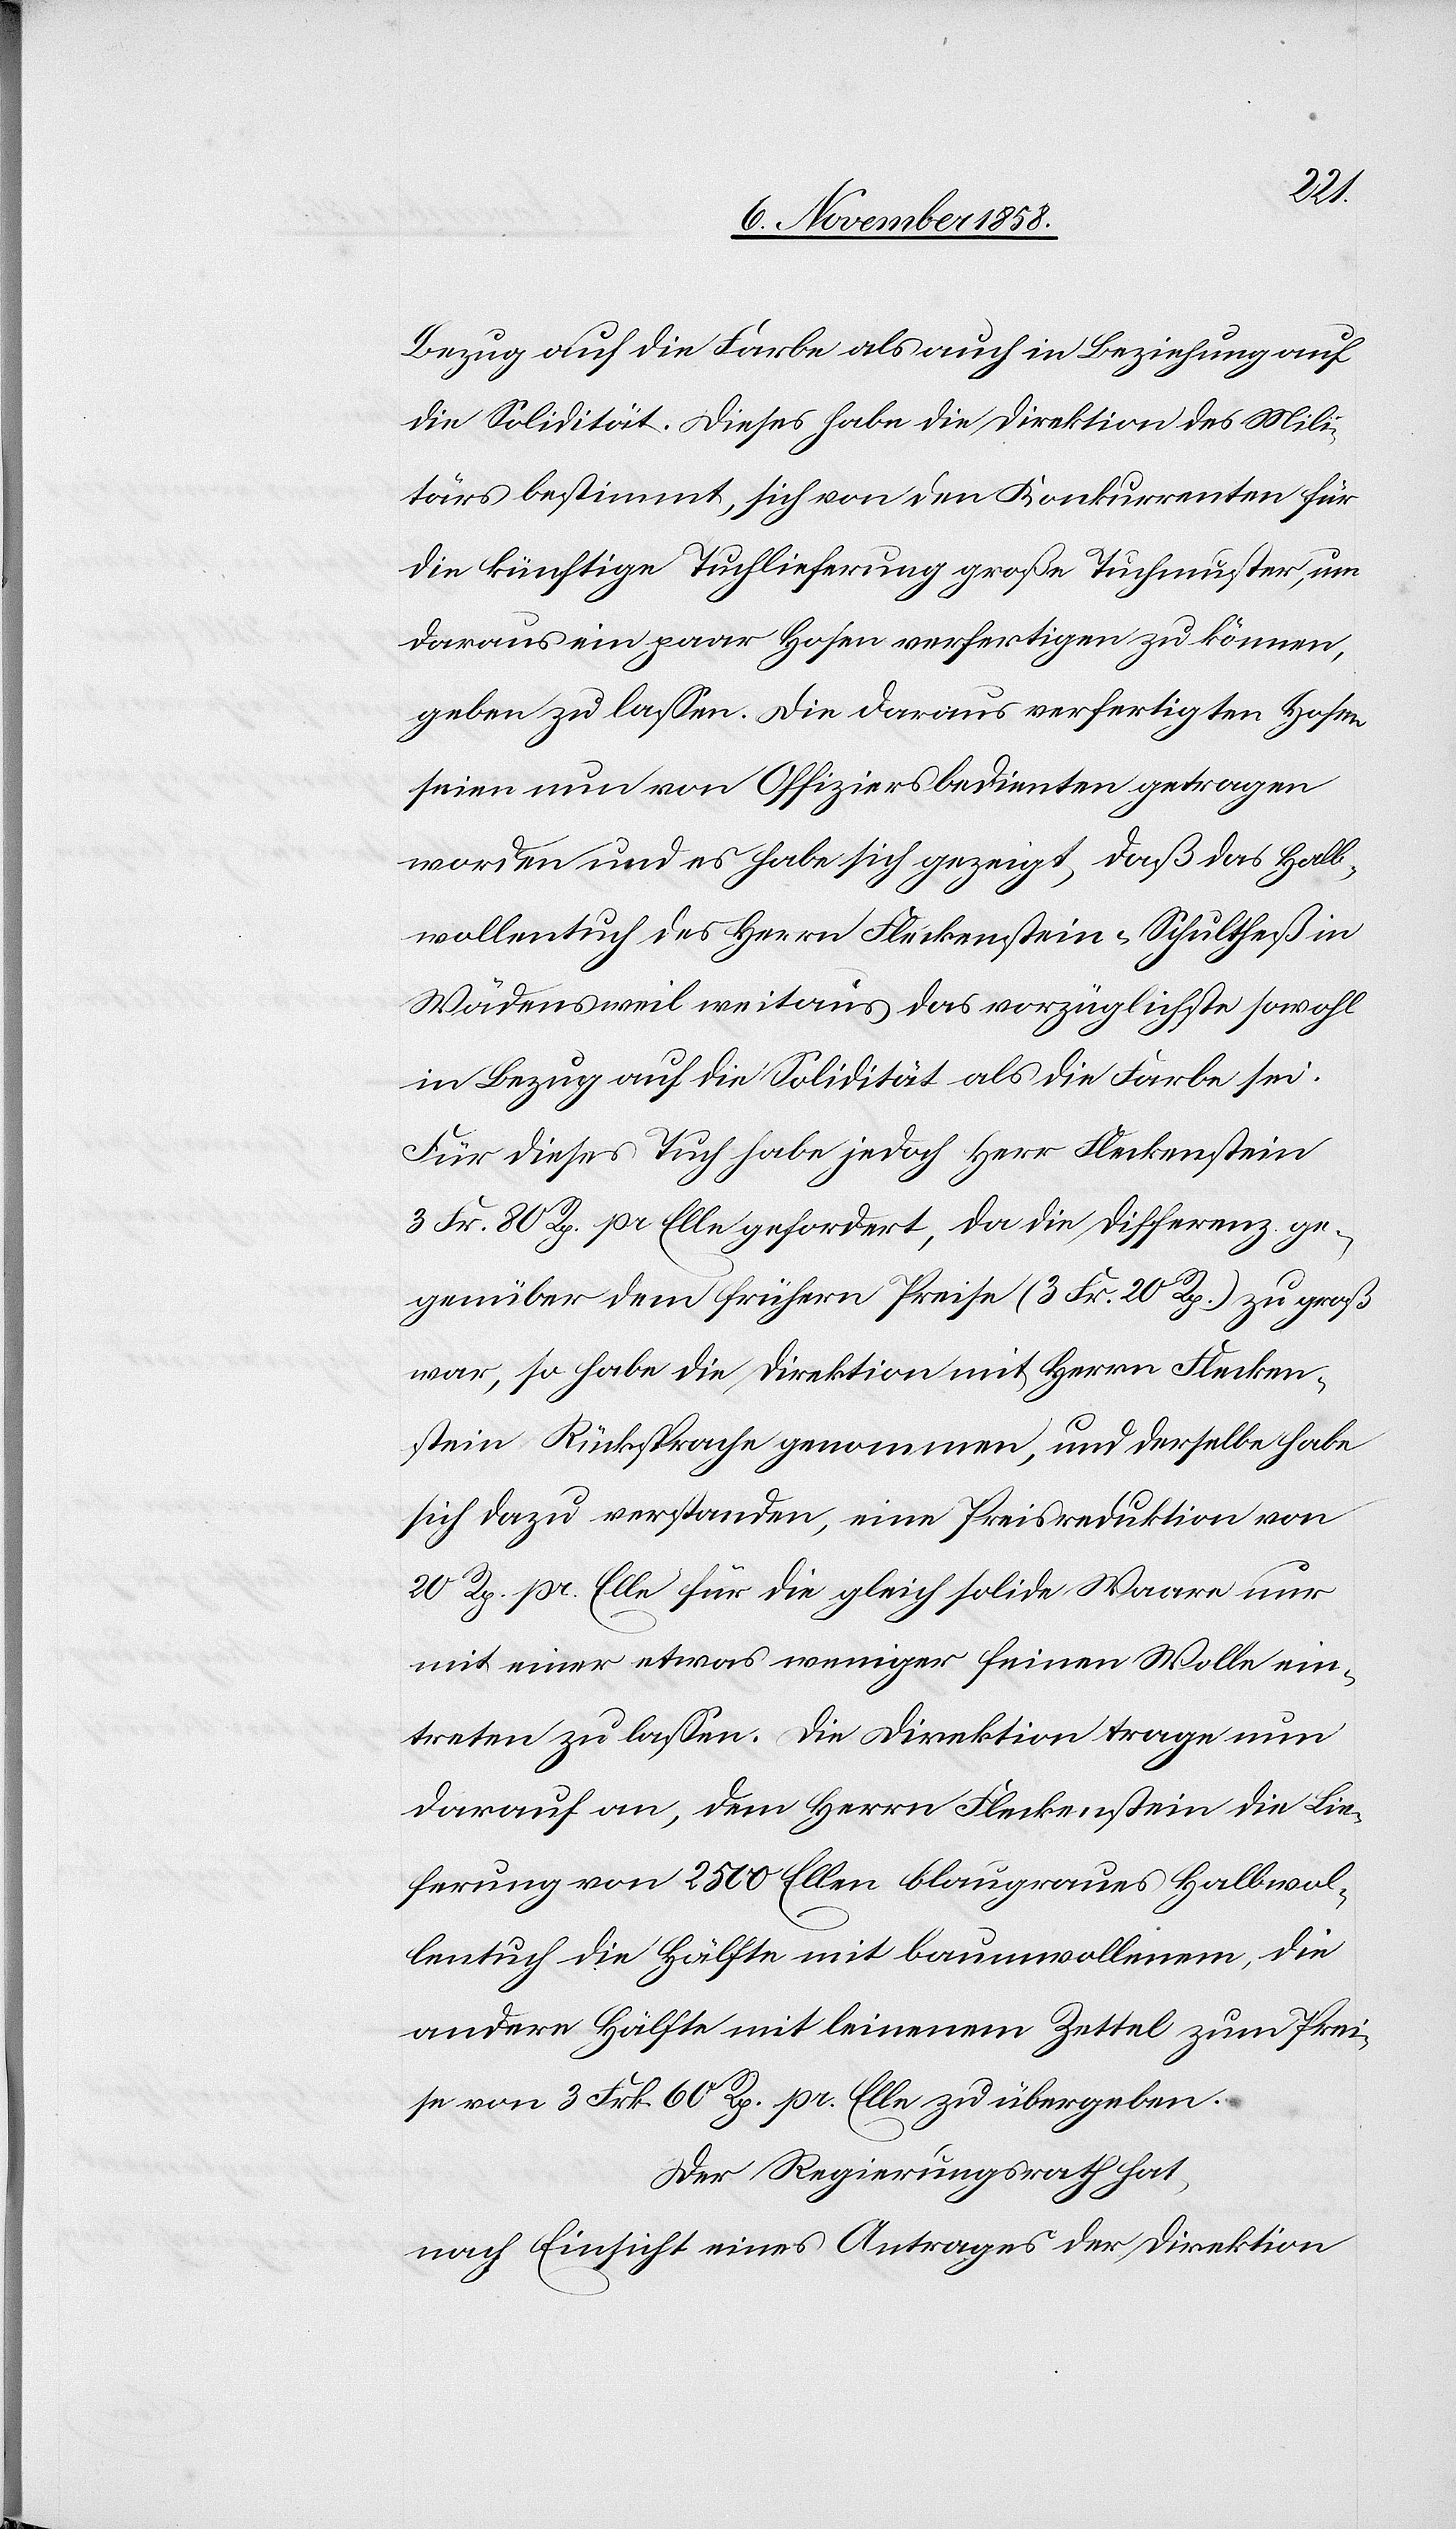
Bezug auf die Farbe als auch in Beziehung auf
die Solidität. Dieses habe die Direktion des Mili¬
tärs bestimmt, sich von den Konkurrenten für
die künftige Tuchlieferung große Tuchmuster, um
daraus ein paar Hosen verfertigen zu können,
geben zu lassen. Die daraus verfertigten Hosen
seien nun von Offiziersbedienten getragen
worden und es habe sich gezeigt, daß das Halb¬
wollentuch des Herrn Fleckenstein-Schultheß in
Wädensweil weitaus das vorzüglichste sowohl
in Bezug auf die Solidität als die Farbe sei.
Für dieses Tuch habe jedoch Herr Fleckenstein
3 Fr. 80 Rp. pr Elle gefordert, da die Differenz ge¬
genüber dem frühern Preise (3 Fr. 20 Rp.) zu groß
war, so habe die Direktion mit Herrn Flecken¬
stein Rücksprache genommen, und derselbe habe
sich dazu verstanden, eine Preisreduktion von
20 Rp. pr. Elle für die gleich solide Waare nur
mit einer etwas weniger feinen Wolle ein¬
treten zu lassen. Die Direktion trage nun
darauf an, dem Herrn Fleckenstein die Lie¬
ferung von 2500 Ellen blaugraues Halbwol¬
lentuch die Hälfte mit baumwollenem, die
andere Hälfte mit leinenem Zettel zum Prei¬
se von 3 Frk. 60 Rp. pr. Elle zu übergeben.
Der Regierungsrath hat,
nach Einsicht eines Antrages der Direktion